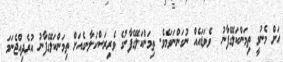
އަށް މެނުވީ ތިމަންކަލޭގެފާނު  ވެވަޑައެއް ނުގަންނަވަމެވެ. ތިމަންކަލޭގެފާނުގެ ވެރިރަސްކަލާނގެއަށް ތިމަންކަލޭގެފާނު އުރެދިއްޖެނަމަ